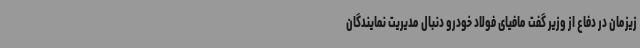
زیزمان در دفاع از وزیر گفت مافیای فولاد خودرو دنبال مدیریت نمایندگان